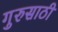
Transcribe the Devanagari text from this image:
गुरुसाठी